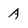
Character: A